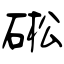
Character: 硹